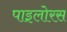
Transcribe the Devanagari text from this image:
पाइलोरस